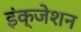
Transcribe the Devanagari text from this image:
इंक्जेशन